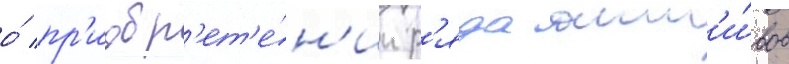
о́ пр'иобр'ет'е́н'ии р'яда акт'и́вов